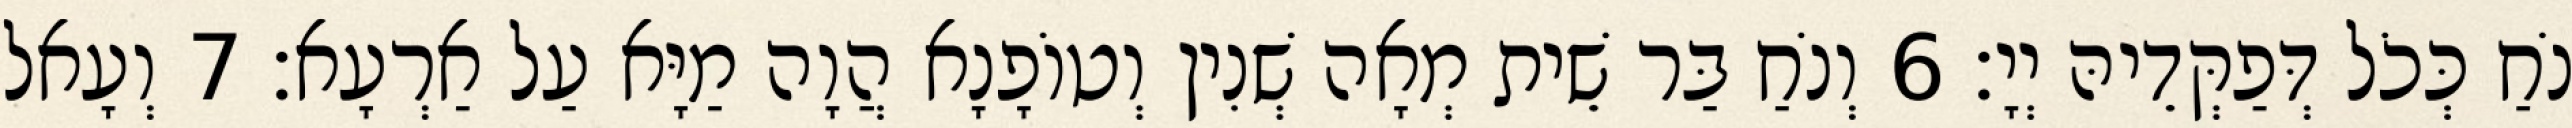
נֹחַ כְּכֹל דְּפַקְּדֵיהּ יְיָ׃ 6 וְנֹחַ בַּר שֵׁית מְאָה שְׁנִין וְטוֹפָנָא הֲוָה מַיָּא עַל אַרְעָא׃ 7 וְעָאל